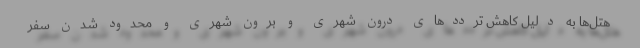
هتل‌ها به دلیل کاهش ترددهای درون شهری و برون شهری و محدود شدن سفر